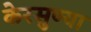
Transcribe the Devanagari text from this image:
केरसुण्या